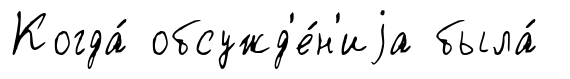
Когда́ обсужд'е́н'иjа была́